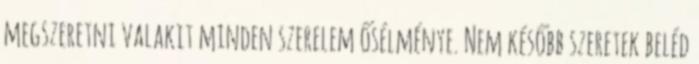
megszeretni valakit minden szerelem ősélménye. Nem később szeretek beléd